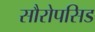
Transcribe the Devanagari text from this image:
सौरोपसिड